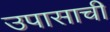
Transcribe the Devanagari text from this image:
उपासाची